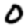
Digit: 0